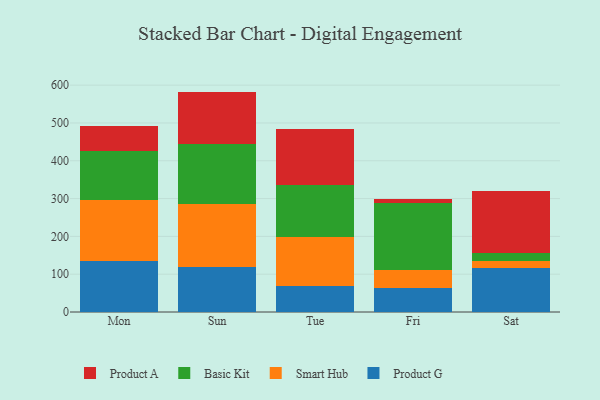
{"axis": {"x": "Day", "y": "Production Output"}, "legend": ["Basic Kit", "Product A", "Product G", "Smart Hub"], "data": [{"x": "Mon", "y": 134.4, "type": "Product G"}, {"x": "Mon", "y": 163.1, "type": "Smart Hub"}, {"x": "Mon", "y": 127.2, "type": "Basic Kit"}, {"x": "Mon", "y": 66.8, "type": "Product A"}, {"x": "Sun", "y": 119.7, "type": "Product G"}, {"x": "Sun", "y": 166.9, "type": "Smart Hub"}, {"x": "Sun", "y": 158.9, "type": "Basic Kit"}, {"x": "Sun", "y": 137.5, "type": "Product A"}, {"x": "Tue", "y": 68.7, "type": "Product G"}, {"x": "Tue", "y": 128.5, "type": "Smart Hub"}, {"x": "Tue", "y": 137.9, "type": "Basic Kit"}, {"x": "Tue", "y": 149.5, "type": "Product A"}, {"x": "Fri", "y": 63.5, "type": "Product G"}, {"x": "Fri", "y": 47.5, "type": "Smart Hub"}, {"x": "Fri", "y": 176.8, "type": "Basic Kit"}, {"x": "Fri", "y": 12.0, "type": "Product A"}, {"x": "Sat", "y": 116.0, "type": "Product G"}, {"x": "Sat", "y": 17.6, "type": "Smart Hub"}, {"x": "Sat", "y": 21.4, "type": "Basic Kit"}, {"x": "Sat", "y": 165.9, "type": "Product A"}]}